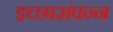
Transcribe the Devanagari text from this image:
इच्छासंपन्न